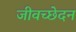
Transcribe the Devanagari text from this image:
जीवच्छेदन